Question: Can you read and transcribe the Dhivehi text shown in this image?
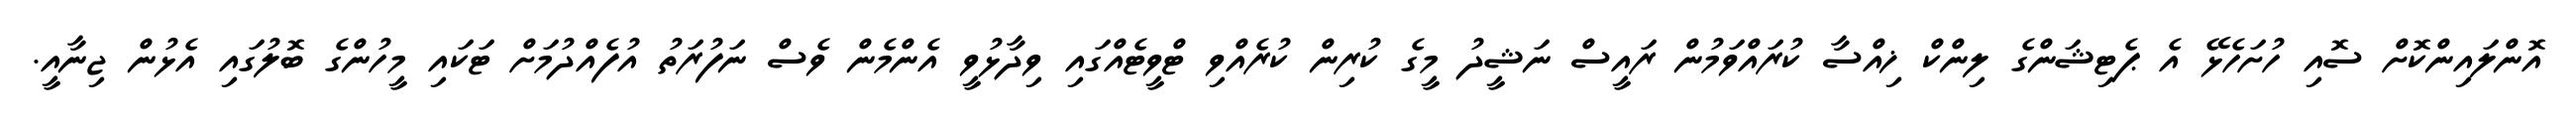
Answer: އޮންލައިންކޮށް ސޮއި ހުށަހެޅޭ އެ ޕެޓިޝަންގެ ލިންކް ޚިއްސާ ކުރައްވަމުން ރައީސް ނަޝީދު މީގެ ކުރިން ކުރެއްވި ޓްވީޓެއްގައި ވިދާޅުވީ އެންމެން ވެސް ނަފުރަތު އުފެއްދުމަށް ޓަކައި މީހުންގެ ބޮލުގައި އެޅުން ޖިނާއީ.